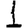
Digit: 1